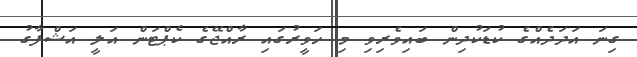
ގިނަ އަދަދެއްގެ ކުޑަކުދިން ބައިވެރިވި މި ހަވީރުގައި ރާއްޖޭގެ ކެޕްޓަން އަލީ އަޝްފާގު